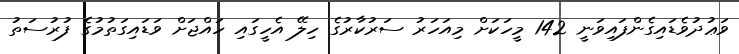
ވަޢުދުވެޑައިގެންފައިވަނީ 142 މީހަކަށް މިއަހަރު ސަރުކާރުގެ ހިލޭ އެހީގައި ހައްޖަށް ވަޑައިގަތުމުގެ ފުރުސަތު